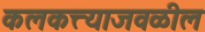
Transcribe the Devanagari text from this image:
कलकत्त्याजवळील